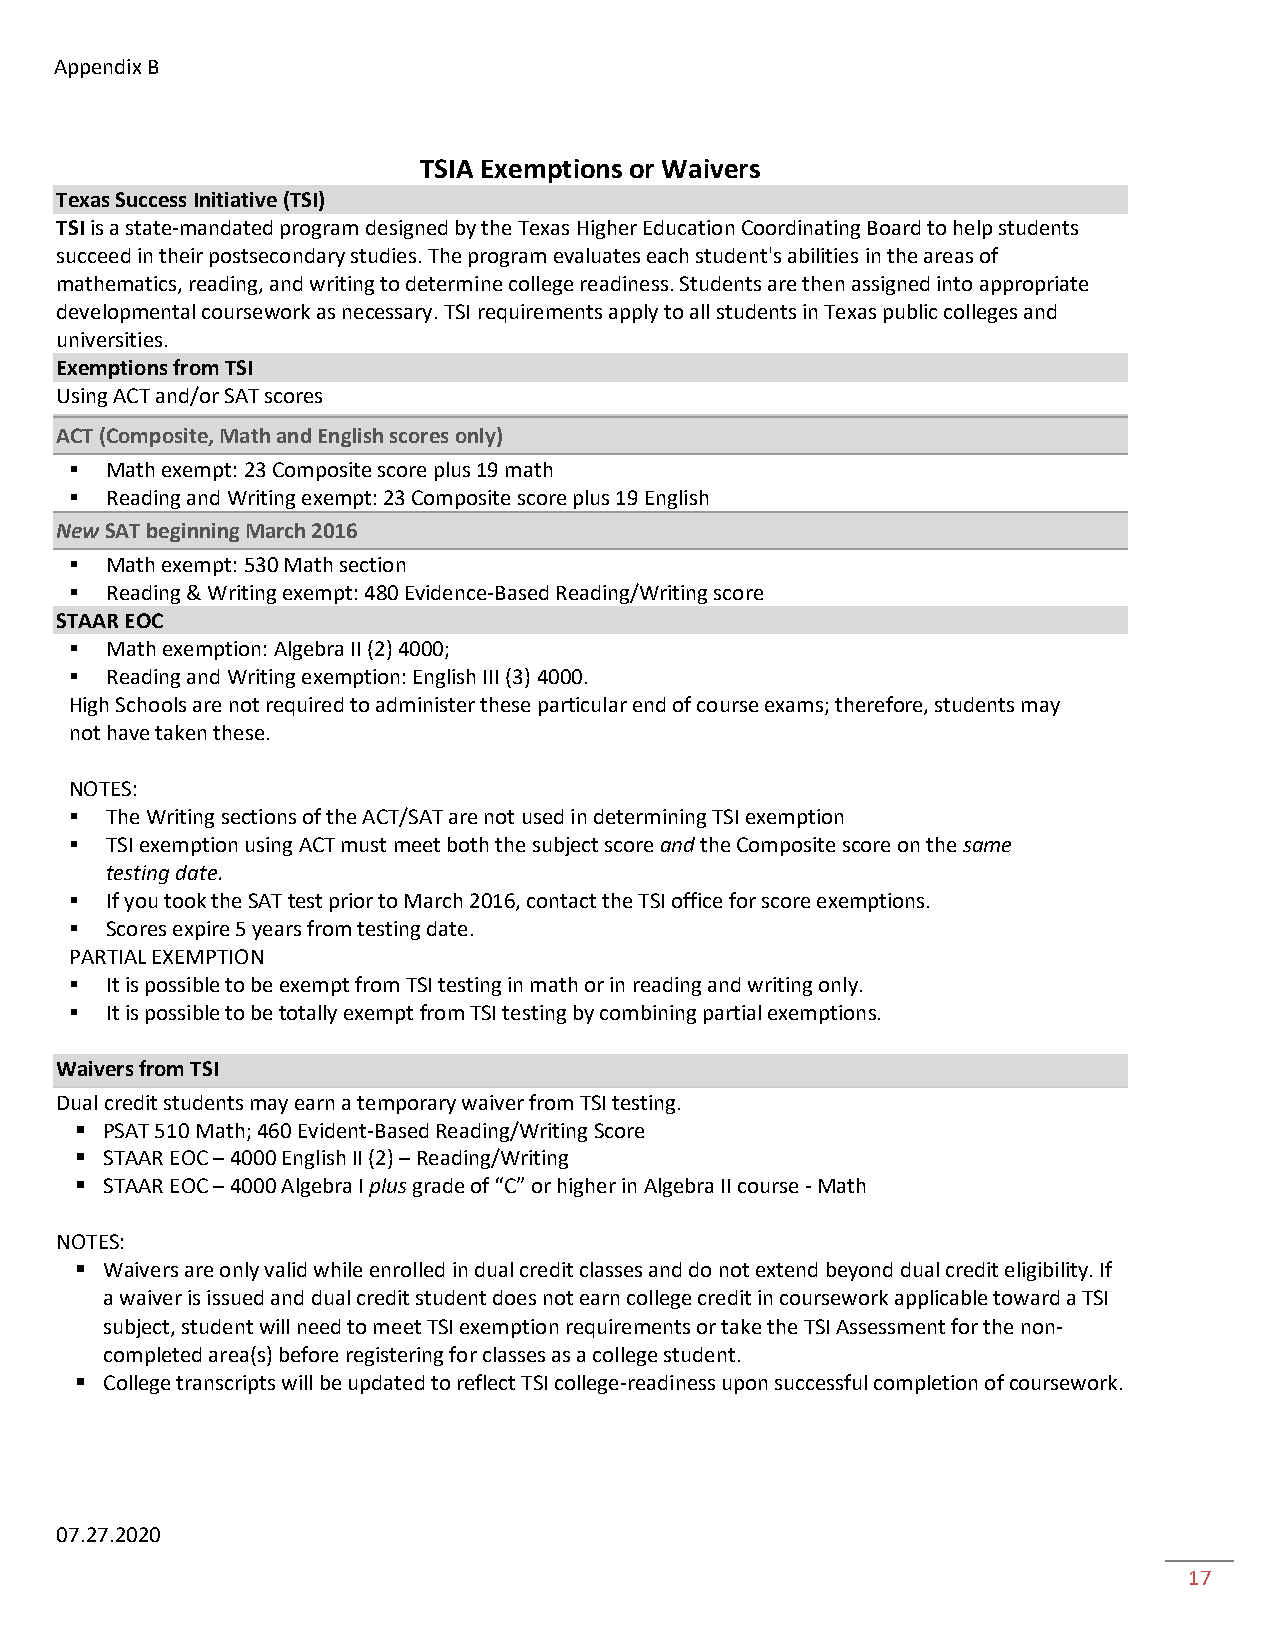
Appendix B
 TSIA Exemptions or Waivers
 Texas Success Initiative (TSI)
 TSI is a state-mandated program designed by the Texas Higher Education Coordinating Board to help students
 succeed in their postsecondary studies. The program evaluates each student's abilities in the areas of
 mathematics, reading, and writing to determine college readiness. Students are then assigned into appropriate
 developmental coursework as necessary. TSI requirements apply to all students in Texas public colleges and
 universities.
 Exemptions from TSI
 Using ACT and/or SAT scores
 ACT (Composite, Math and English scores only)
  Math exempt: 23 Composite score plus 19 math
  Reading and Writing exempt: 23 Composite score plus 19 English
 New SAT beginning March 2016
  Math exempt: 530 Math section
  Reading & Writing exempt: 480 Evidence-Based Reading/Writing score
 STAAR EOC
  Math exemption: Algebra II (2) 4000;
  Reading and Writing exemption: English III (3) 4000.
 High Schools are not required to administer these particular end of course exams; therefore, students may
 not have taken these.
 NOTES:
  The Writing sections of the ACT/SAT are not used in determining TSI exemption
  TSI exemption using ACT must meet both the subject score and the Composite score on the same
 testing date.
  If you took the SAT test prior to March 2016, contact the TSI office for score exemptions.
  Scores expire 5 years from testing date.
 PARTIAL EXEMPTION
  It is possible to be exempt from TSI testing in math or in reading and writing only.
  It is possible to be totally exempt from TSI testing by combining partial exemptions.
 Waivers from TSI
 Dual credit students may earn a temporary waiver from TSI testing.
  PSAT 510 Math; 460 Evident-Based Reading/Writing Score
  STAAR EOC – 4000 English II (2) – Reading/Writing
  STAAR EOC – 4000 Algebra I plus grade of “C” or higher in Algebra II course - Math
 NOTES:
  Waivers are only valid while enrolled in dual credit classes and do not extend beyond dual credit eligibility. If
 a waiver is issued and dual credit student does not earn college credit in coursework applicable toward a TSI
 subject, student will need to meet TSI exemption requirements or take the TSI Assessment for the non-
 completed area(s) before registering for classes as a college student.
  College transcripts will be updated to reflect TSI college-readiness upon successful completion of coursework.
 07.27.2020
 17